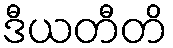
ဒီယတီတိ